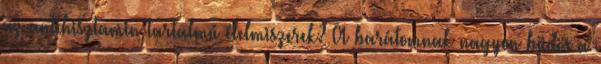
az antihisztamin tartalmú élelmiszerek? A barátomnak nagyon büdös a